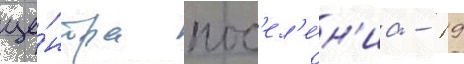
це́нтра пос'ел'е́н'иа - 19